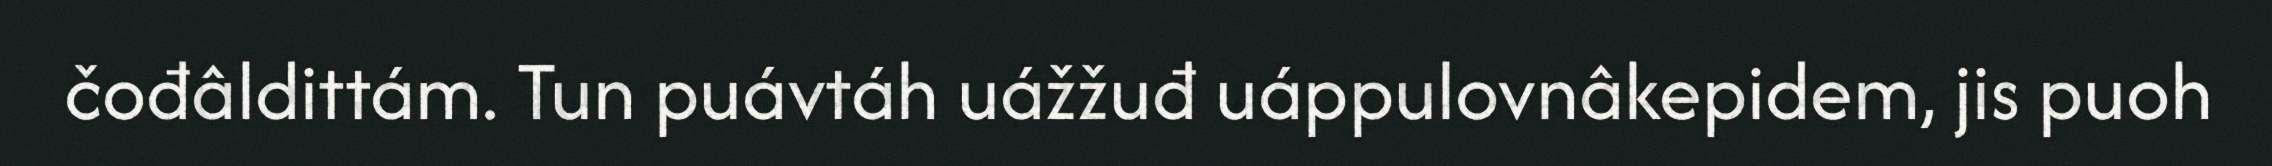
čođâldittám. Tun puávtáh uážžuđ uáppulovnâkepidem, jis puoh